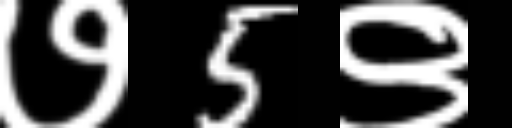
Text: ७5९